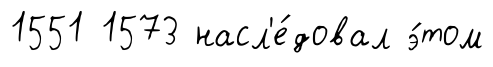
1551 1573 насл'е́довал э́том